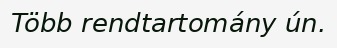
Több rendtartomány ún.